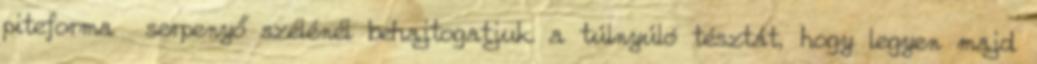
piteforma serpenyő szélénél behajtogatjuk a túlnyúló tésztát, hogy legyen majd